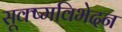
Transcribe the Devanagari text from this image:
सूक्ष्मविभेदन